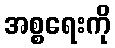
အစ္စရေးကို